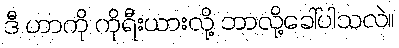
ဒီ ဟာကို ကိုရီးယားလို့ ဘာလို့ခေါ်ပါသလဲ။